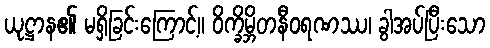
ယုဋ္ဌာန၏ မရှိခြင်းကြောင့်။ ဝိက္ခိမ္ဘိတနီဝရဏဿ၊ ခွါအပ်ပြီးသော